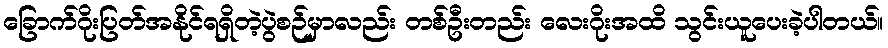
ခြောက်ဂိုးပြတ်အနိုင်ရရှိတဲ့ပွဲစဉ်မှာလည်း တစ်ဦးတည်း လေးဂိုးအထိ သွင်းယူပေးခဲ့ပါတယ်။